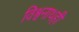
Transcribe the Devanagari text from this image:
विश्वनाथही